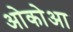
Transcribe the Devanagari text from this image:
ओकोआ